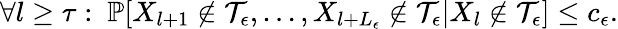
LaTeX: \forall l\ge\tau:\ \mathbb{P}[X_{l+1}\notin{\mathcal T}_{\epsilon},...,X_{l+L_{\epsilon}}\notin{\mathcal T}_{\epsilon}|X_{l}\notin{\mathcal T}_{\epsilon}]\le c_{\epsilon}.